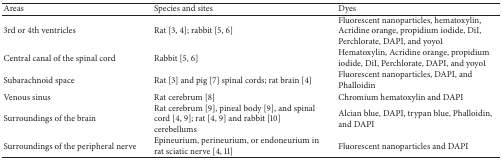
<table><thead><tr><td><b>Areas</b></td><td><b>Species and sites</b></td><td><b>Dyes</b></td></tr></thead><tbody><tr><td>3rd or 4th ventricles</td><td>Rat [3, 4]; rabbit [5, 6]</td><td>Fluorescent nanoparticles, hematoxylin, Acridine orange, propidium iodide, DiI, Perchlorate, DAPI, and yoyo1</td></tr><tr><td>Central canal of the spinal cord</td><td>Rabbit [5, 6]</td><td>Hematoxylin, Acridine orange, propidium iodide, DiI, Perchlorate, DAPI, and yoyo1</td></tr><tr><td>Subarachnoid space</td><td>Rat [3] and pig [7] spinal cords; rat brain [4]</td><td>Fluorescent nanoparticles, DAPI, and Phalloidin</td></tr><tr><td>Venous sinus</td><td>Rat cerebrum [8]</td><td>Chromium hematoxylin and DAPI</td></tr><tr><td>Surroundings of the brain</td><td>Rat cerebrum [9], pineal body [9], and spinal cord [4, 9]; rat [4, 9] and rabbit [10] cerebellums</td><td>Alcian blue, DAPI, trypan blue, Phalloidin, and DAPI</td></tr><tr><td>Surroundings of the peripheral nerve</td><td>Epineurium, perineurium, or endoneurium in rat sciatic nerve [4, 11]</td><td>Fluorescent nanoparticles and DAPI</td></tr></tbody></table>